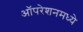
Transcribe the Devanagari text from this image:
ऑपरेशनमध्ये